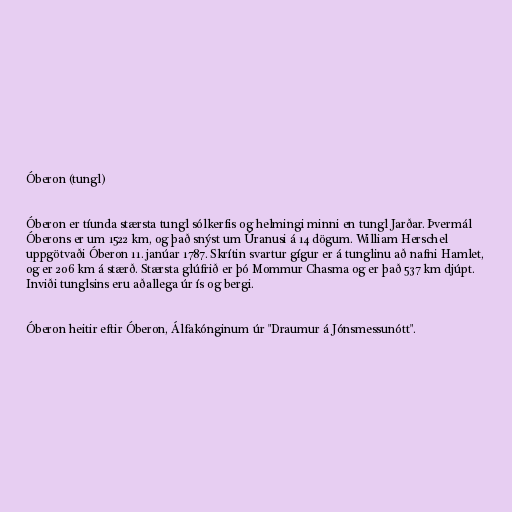
Óberon (tungl)

Óberon er tíunda stærsta tungl sólkerfis og helmingi minni en tungl Jarðar. Þvermál
Óberons er um 1522 km, og það snýst um Úranusi á 14 dögum. William Herschel
uppgötvaði Óberon 11. janúar 1787. Skrítin svartur gígur er á tunglinu að nafni Hamlet,
og er 206 km á stærð. Stærsta glúfrið er þó Mommur Chasma og er það 537 km djúpt.
Inviði tunglsins eru aðallega úr ís og bergi.

Óberon heitir eftir Óberon, Álfakónginum úr "Draumur á Jónsmessunótt".